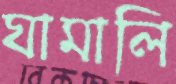
ঘামালি